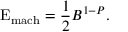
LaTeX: \mathrm { E } _ { \mathrm { m a c h } } = { \frac { 1 } { 2 } } B ^ { 1 - P } .